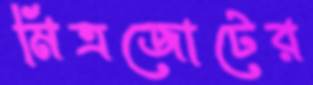
মিত্রজোটের